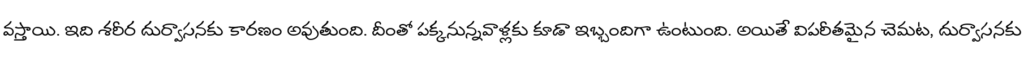
వస్తాయి. ఇది శరీర దుర్వాసనకు కారణం అవుతుంది. దీంతో పక్కనున్నవాళ్లకు కూడా ఇబ్బందిగా ఉంటుంది. అయితే విపరీతమైన చెమట, దుర్వాసనకు